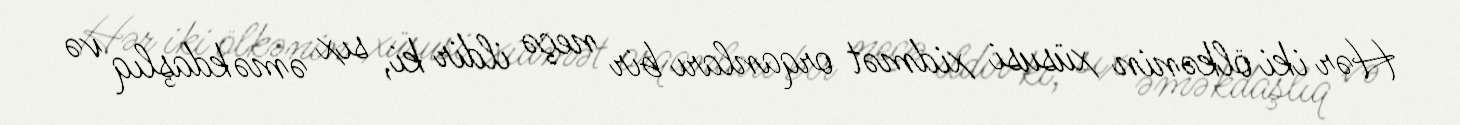
Hər iki ölkənin xüsusi xidmət orqanları bir neçə ildir ki, sıx əməkdaşlıq və